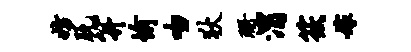
妨脱笄愉吻狄珊渭筱嫁